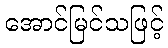
အောင်မြင်သဖြင့်